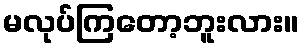
မလုပ်ကြတော့ဘူးလား။